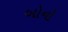
બોનો